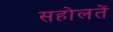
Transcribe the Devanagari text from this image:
सहोलतें